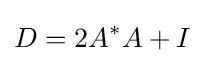
D=2A^{*}A+I